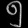
Digit: ၅